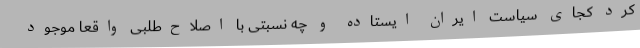
کرد کجای سیاست ایران ایستاده‌ و چه نسبتی با اصلاح‌طلبیِ واقعا موجود